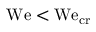
\mathrm { W e } < \mathrm { W e } _ { \mathrm { c r } }